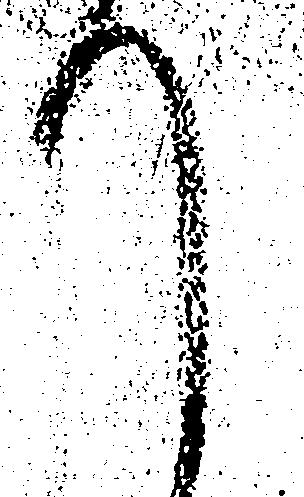
て